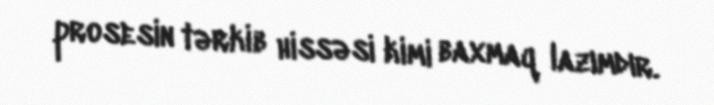
prosesin tərkib hissəsi kimi baxmaq lazımdır.